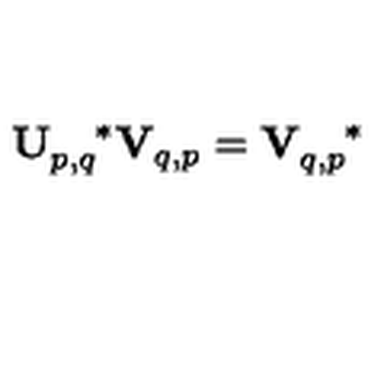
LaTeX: \mathbf { U } _ { p , q } ^ { \quad \ast } \mathbf { V } _ { q , p } = \mathbf { V } _ { q , p } ^ { \quad \ast }